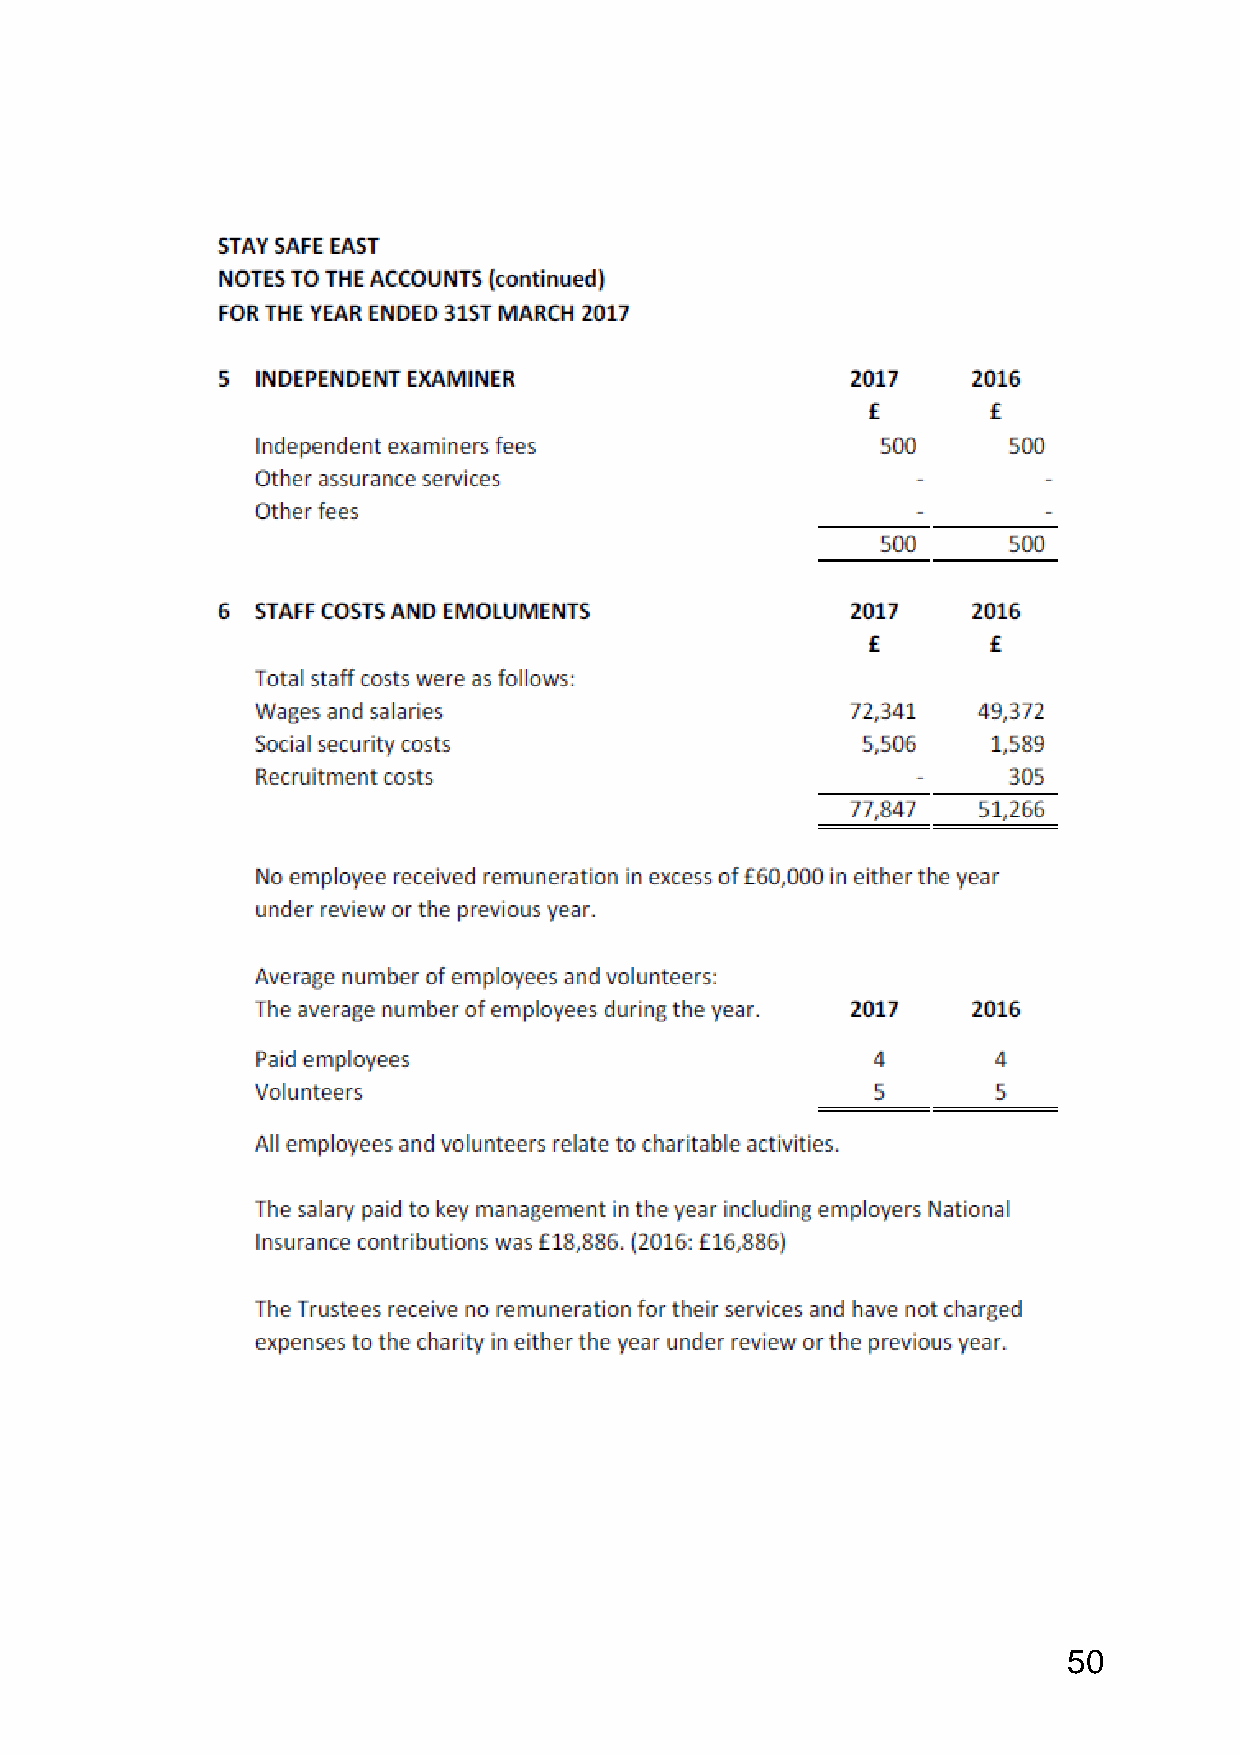
50